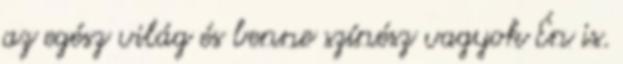
az egész világ és benne színész vagyok Én is.